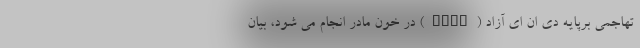
تهاجمی برپایه دی ان ای آزاد (NIPT) در خون مادر انجام می شود، بیان